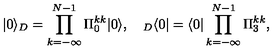
| 0 \rangle _ { D } = \prod _ { k = - \infty } ^ { N - 1 } \Pi _ { 0 } ^ { k k } | 0 \rangle , \quad { } _ { D } \langle 0 | = \langle 0 | \prod _ { k = - \infty } ^ { N - 1 } \Pi _ { 3 } ^ { k k } ,